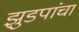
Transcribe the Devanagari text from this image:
झुडपांचा